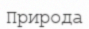
Природа